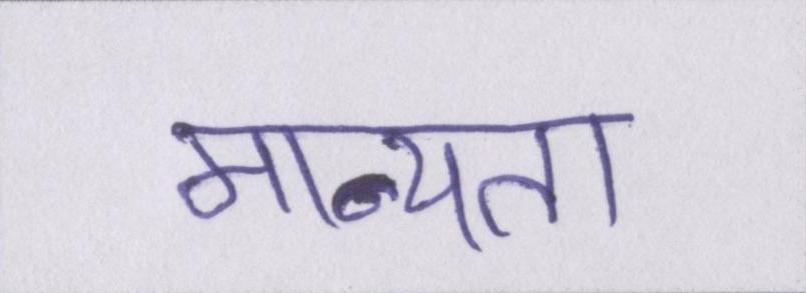
मान्यता